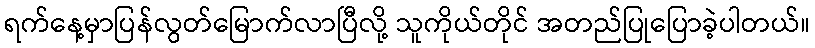
ရက်နေ့မှာပြန်လွတ်မြောက်လာပြီလို့ သူကိုယ်တိုင် အတည်ပြုပြောခဲ့ပါတယ်။